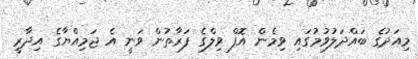
މިއަދުގެ ބައްދަލުވުމުގައި ވިމެން އޮފް ވިލްގެ ފަރާތުން ވަނީ އެ ޖަމިއްޔާގެ އިދާރީ